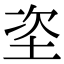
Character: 垐